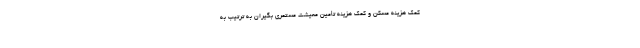
کمک هزینه مسکن و کمک هزینه تأمین معیشت مستمری بگیران به‌ ترتیب به